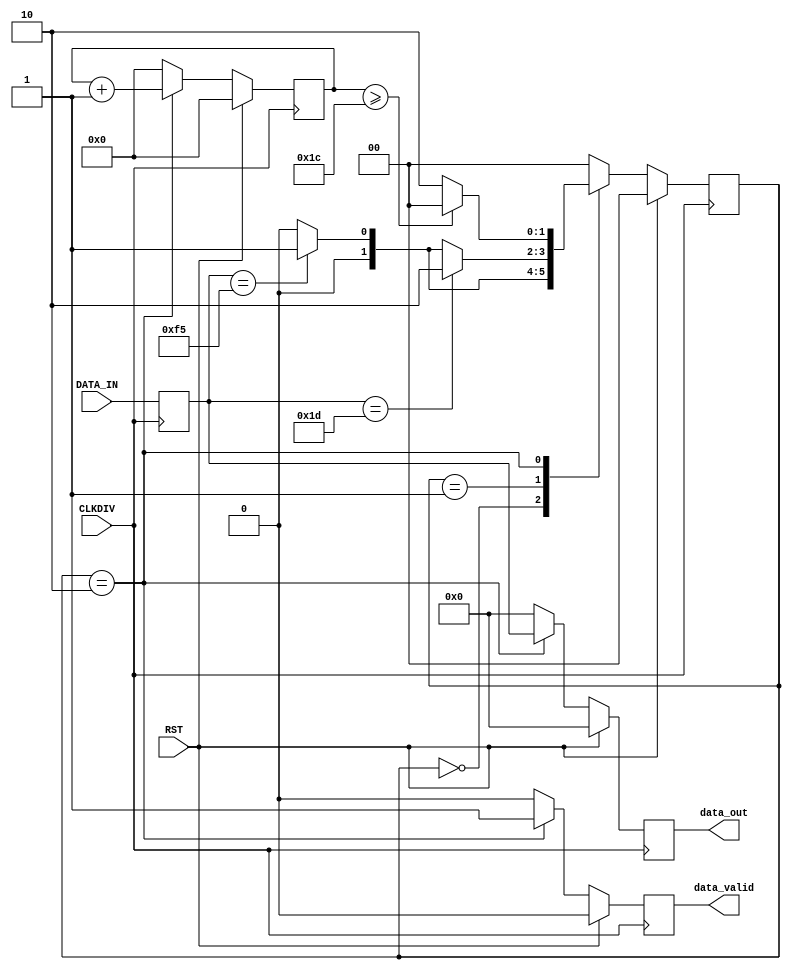
module RCB_FRL_RX_OneDataChannel(
		input	CLKDIV, 
		input	RST,
		input [7:0]	DATA_IN,
//		output	data_valid,
//		output [7:0]	data_out
		output reg	data_valid,
		output reg [7:0]	data_out
   );		

//	reg [15:0] input_reg1;
//	wire [7:0] input_reg1_wire, input_reg1_wire_inv;
//	
//	assign input_reg1_wire = DATA_IN;
		
//	RCB_FRL_BYTE_Alignment RCB_FRL_BYTE_Alignment_inst (
////		.data_in(input_reg1_wire),
//		.data_in(DATA_IN),
//		.clk(CLKDIV), 
//		.enable(~RST), 
//		.data_out(data_out), 
//		.data_valid(data_valid)
//	);

	reg [1:0] frame_decap_state;
	localparam IDLE		= 2'b00;
	localparam HEADER		= 2'b01;
	localparam DATA_OUT	= 2'b10;

	reg [7:0] data_reg;
	reg [4:0] counter;
	always@(posedge CLKDIV) data_reg[7:0] <= DATA_IN[7:0];

	always@(posedge CLKDIV) begin
		if (RST) begin
			counter[4:0]		<= 5'h00;
			data_valid			<= 1'b0;
			data_out[7:0]		<= 8'h00;
			frame_decap_state <= IDLE;
		end else begin
			case (frame_decap_state)
				IDLE: begin
					counter[4:0]	<= 5'h00;
					data_valid		<= 1'b0;
					data_out[7:0]	<= 8'h00;
					
					if ( data_reg[7:0] == 8'hF5 )	// frame detected
						frame_decap_state <= HEADER;
					else
						frame_decap_state <= IDLE;					
				end
				
				HEADER: begin
					counter[4:0]	<= 5'h00;
					data_valid		<= 1'b0;
					data_out[7:0]	<= 8'h00;
					
					if ( data_reg[7:0] == 8'h1D )	// frame detected
//					if ( data_reg[7:0] == 8'h08 )	// frame detected

						frame_decap_state <= DATA_OUT;
					else if ( data_reg[7:0] == 8'hF5 )
						frame_decap_state <= HEADER;	
					else
						frame_decap_state <= IDLE;	
				end
				
				DATA_OUT: begin
					counter[4:0]	<= counter[4:0] + 5'h01;
					data_valid		<= 1'b1;
					data_out[7:0]	<= data_reg[7:0];
					
					if (counter >= 5'h1C)
						frame_decap_state <= IDLE;
					else
						frame_decap_state <= DATA_OUT;
				end
				
				default: begin
					counter[4:0]	<= 5'h00;
					data_valid		<= 1'b0;
					data_out[7:0]	<= 8'h00;
					frame_decap_state <= IDLE;					
				end
				
			endcase
		end
	end

endmodule